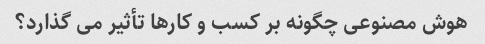
هوش مصنوعی چگونه بر کسب و کارها تأثیر می گذارد؟